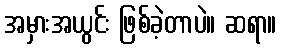
အမှားအယွင်း ဖြစ်ခဲ့တာပဲ။ ဆရာ။